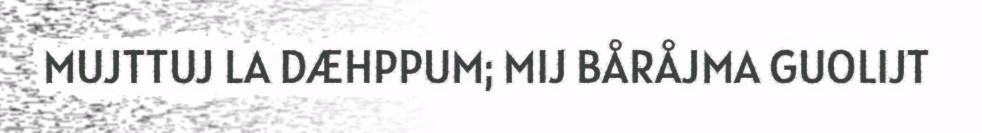
MUJTTUJ LA DÆHPPUM; MIJ BÅRÅJMA GUOLIJT